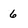
Character: 6